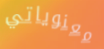
معنوياتي